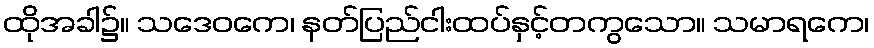
ထိုအခါ၌။ သဒေဝကေ၊ နတ်ပြည်ငါးထပ်နှင့်တကွသော။ သမာရကေ၊